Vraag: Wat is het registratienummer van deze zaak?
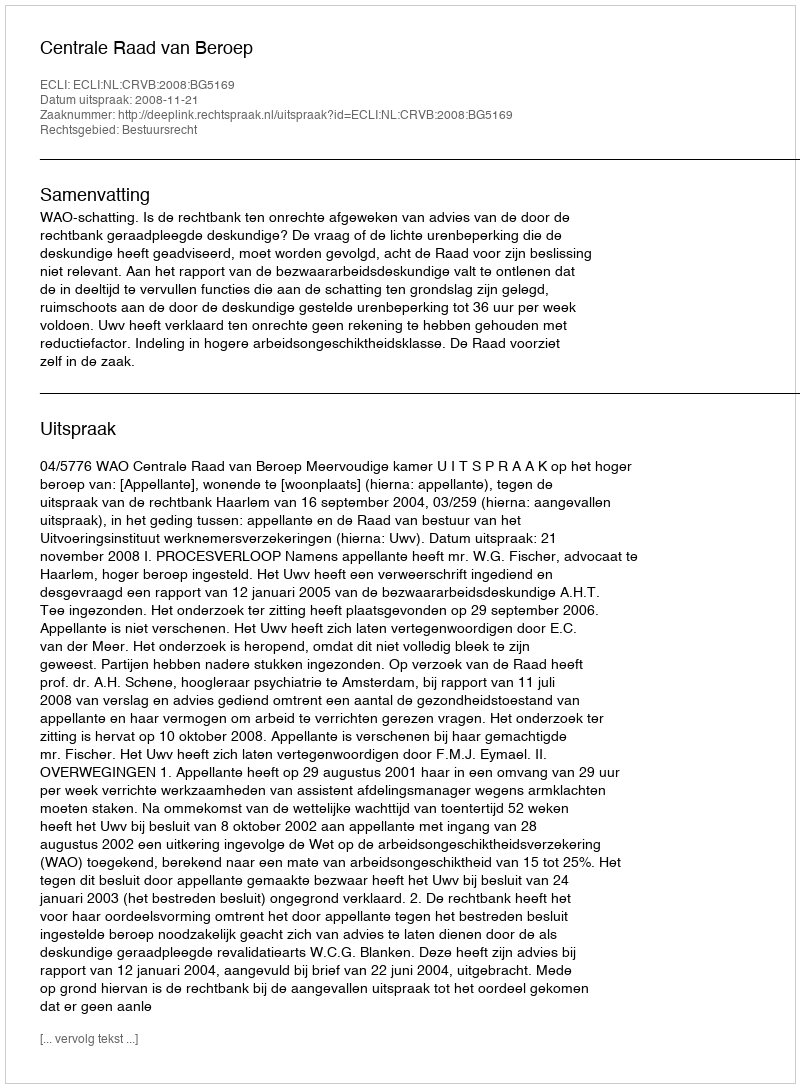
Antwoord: http://deeplink.rechtspraak.nl/uitspraak?id=ECLI:NL:CRVB:2008:BG5169